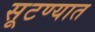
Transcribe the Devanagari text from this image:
सूटण्यात